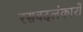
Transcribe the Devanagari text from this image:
रसवदलंकारों